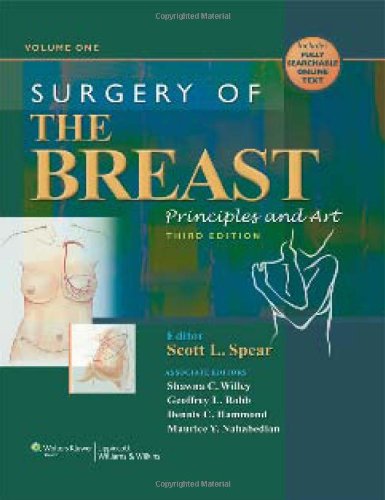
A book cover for Surgery of the Breast: Principles and Art(2 Volume Set); Health, Fitness & Dieting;